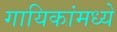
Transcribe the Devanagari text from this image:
गायिकांमध्ये